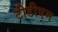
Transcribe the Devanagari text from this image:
टीडीएम